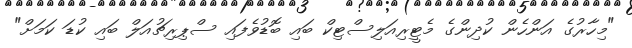
"މިހާރުގެ އަންހެން ކުދިންގެ މެޓީރިއަލިސްޓިކް ބައި ބޮޑުވެފައި ސްޕިރިޗުއަލް ބައި ކުޑަ ކަމަށް"